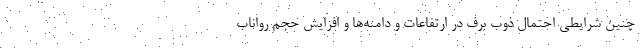
چنین شرایطی احتمال ذوب برف در ارتفاعات و دامنه‌ها و افزایش حجم رواناب